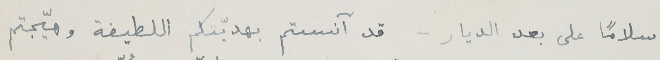
سلاماً على بعد الديار – قد آنستم بهديّتكم اللطيفة وهيّجتم